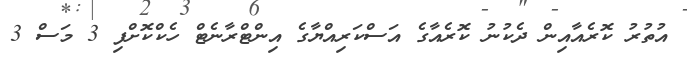
އުތުރު ކޮރެއާއިން ދެކުނު ކޮރެއާގެ އަސްކަރިއްޔާގެ އިންޓްރާނެޓް ހެކްކޮށްފި 3 މަސް 3